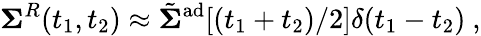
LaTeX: {\mathbf\Sigma}^{R}(t_{1},t_{2})\approx\tilde{\mathbf\Sigma}^{\mathrm{ad}}[(t_{1}+t_{2})/2]\delta(t_{1}-t_{2})~,